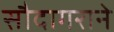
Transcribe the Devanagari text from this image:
सौदागराने